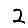
Digit: 2